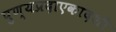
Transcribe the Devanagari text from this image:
पुण्यप्रदाएकादशी